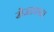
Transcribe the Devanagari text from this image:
रोजाकात